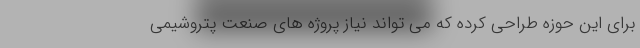
برای این حوزه طراحی کرده که می تواند نیاز پروژه های صنعت پتروشیمی